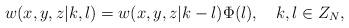
LaTeX: \begin{align*}w(x,y,z|k,l)=w(x,y,z|k-l)\Phi(l),\quad k,l\in Z_N, \end{align*}